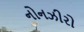
નોનઝીરો